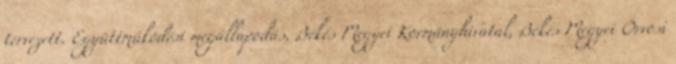
tervezett. Együttműködési megállapodás, Békés Megyei Kormányhivatal, Békés Megyei Orvosi